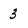
Character: 3